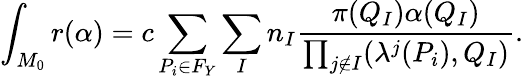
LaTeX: \int_{M_{0}}r(\alpha)=c\sum_{P_{i}\in F_{Y}}\sum_{I}n_{I}\frac{\pi(Q_{I})\alpha(Q_{I})}{\prod_{j\notin I}(\lambda^{j}(P_{i}),Q_{I})}.